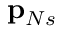
\mathbf { p } _ { N s }